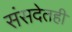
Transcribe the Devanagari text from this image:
संसदेतही